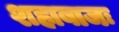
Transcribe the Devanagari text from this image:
शहाबाजः